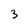
Character: 3